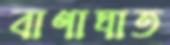
বাণাঘাত